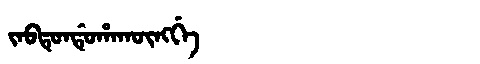
Manchu: ᠵᠠᠪᡨᡠᠨᡩᡠᡥᠠᡴᡡᠩᡤᡝ
Romanization: JABTUNDUHAKŪNGGE